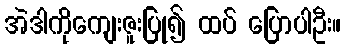
အဲဒါကိုကျေးဇူးပြု၍ ထပ် ပြောပါဦး။